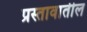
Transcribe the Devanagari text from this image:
प्रस्तावातील